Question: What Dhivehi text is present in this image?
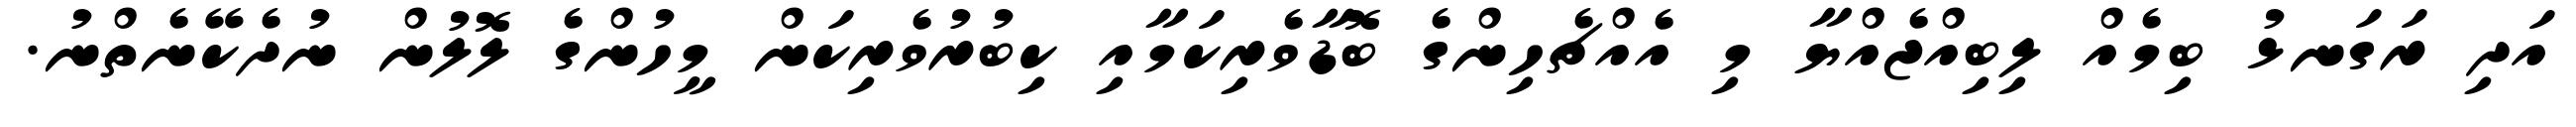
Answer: އަދި ރަގަނޅު ބިމެއް ލިބިއްޖެއްޔާ މި އެއްޗެހިންގެ ބޮޑާވެރިކަމާއި ކިބުރުވެރިކަން މީހުންގެ ލޮލުން ނުދެކޭނެތްނު.